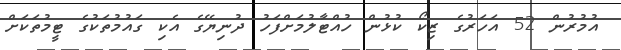
އުމުރުން 52 އަހަރުގެ ޒިކޯ ކުޅުން ހުއްޓާލުމަށްފަހު ދުނިޔޭގެ އެކި ގައުމުތަކުގެ ޓީމުތަކަށް